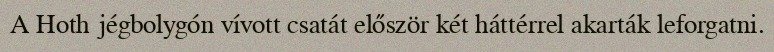
A Hoth jégbolygón vívott csatát először két háttérrel akarták leforgatni.